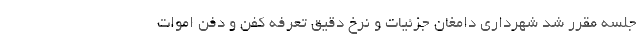
جلسه مقرر شد شهرداری دامغان جزئیات و نرخ دقیق تعرفه کفن و دفن اموات